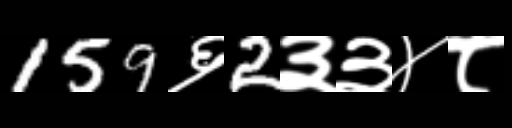
Text: 159६2३३४८